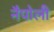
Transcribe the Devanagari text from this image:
नैपोली